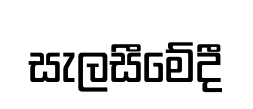
සැලසීමේදී